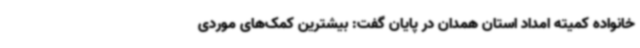
خانواده کمیته امداد استان همدان در پایان گفت: بیشترین کمک‌های موردی